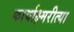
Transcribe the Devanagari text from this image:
कार्याक्ष्मरीत्या